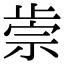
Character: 𣦅